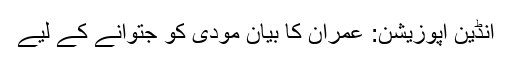
انڈین اپوزیشن: عمران کا بیان مودی کو جتوانے کے لیے